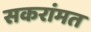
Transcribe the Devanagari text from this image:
सकरांमत